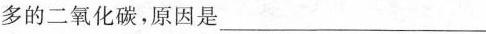
多的二氧化碳,原因是___